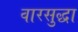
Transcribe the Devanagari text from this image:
वारसुद्धा